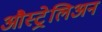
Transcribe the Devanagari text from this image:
औस्ट्रेलिअन